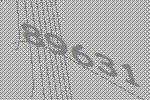
89631